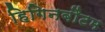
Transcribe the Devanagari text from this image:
हिगिनबौटम